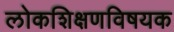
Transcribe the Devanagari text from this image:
लोकशिक्षणविषयक